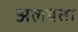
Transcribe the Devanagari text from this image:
अलबता